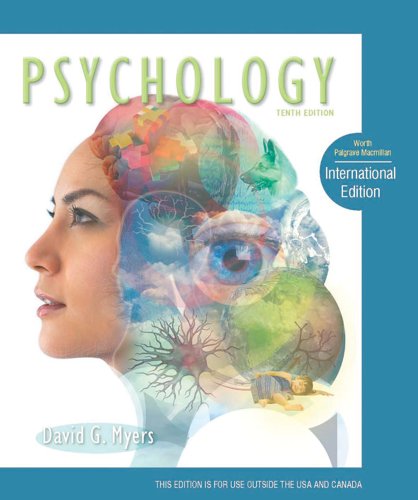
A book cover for Psychology; David G. Myers; Health, Fitness & Dieting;